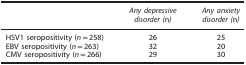
<table><thead><tr><td><b> </b></td><td><b><i>Any depressive disorder (</i>n<i>)</i></b></td><td><b><i>Any anxiety disorder (</i>n<i>)</i></b></td></tr></thead><tbody><tr><td>HSV1 seropositivity (<i>n</i>=258)</td><td>26</td><td>25</td></tr><tr><td>EBV seropositivity (<i>n</i>=263)</td><td>32</td><td>20</td></tr><tr><td>CMV seropositivity (<i>n</i>=266)</td><td>29</td><td>30</td></tr></tbody></table>